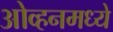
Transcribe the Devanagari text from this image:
ओव्हनमध्ये